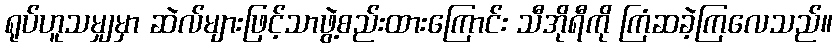
ရုပ်ဟူသမျှမှာ ဆဲလ်များဖြင့်သာဖွဲ့စည်းထားကြောင်း သီအိုရီကို ကြံဆခဲ့ကြလေသည်။